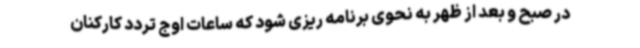
در صبح و بعد از ظهر به نحوی برنامه ریزی شود که ساعات اوج تردد کارکنان